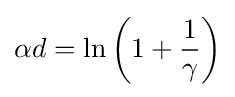
\alpha d=\ln \left(1+{\frac {1}{\gamma }}\right)